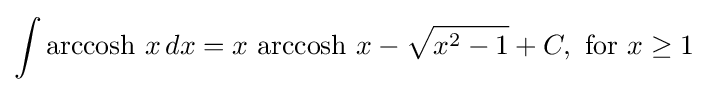
\int \operatorname {arccosh} \,x\,dx=x\,\operatorname {arccosh} \,x-{\sqrt {x^{2}-1}}+C,{\text{ for }}x\geq 1